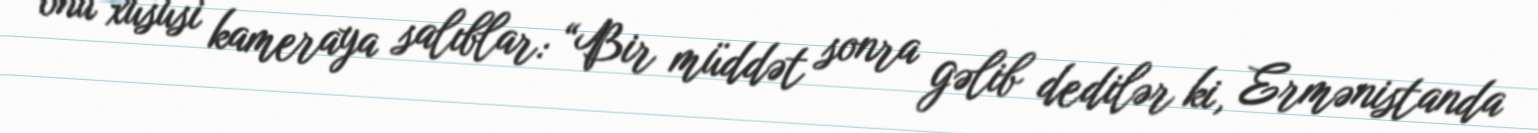
onu xüsusi kameraya salıblar: “Bir müddət sonra gəlib dedilər ki, Ermənistanda